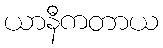
ယာနီကတာယ